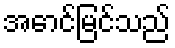
အောင်မြင်သည်